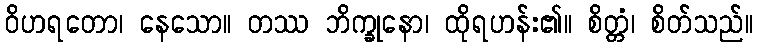
ဝိဟရတော၊ နေသော။ တဿ ဘိက္ခုနော၊ ထိုရဟန်း၏။ စိတ္တံ၊ စိတ်သည်။